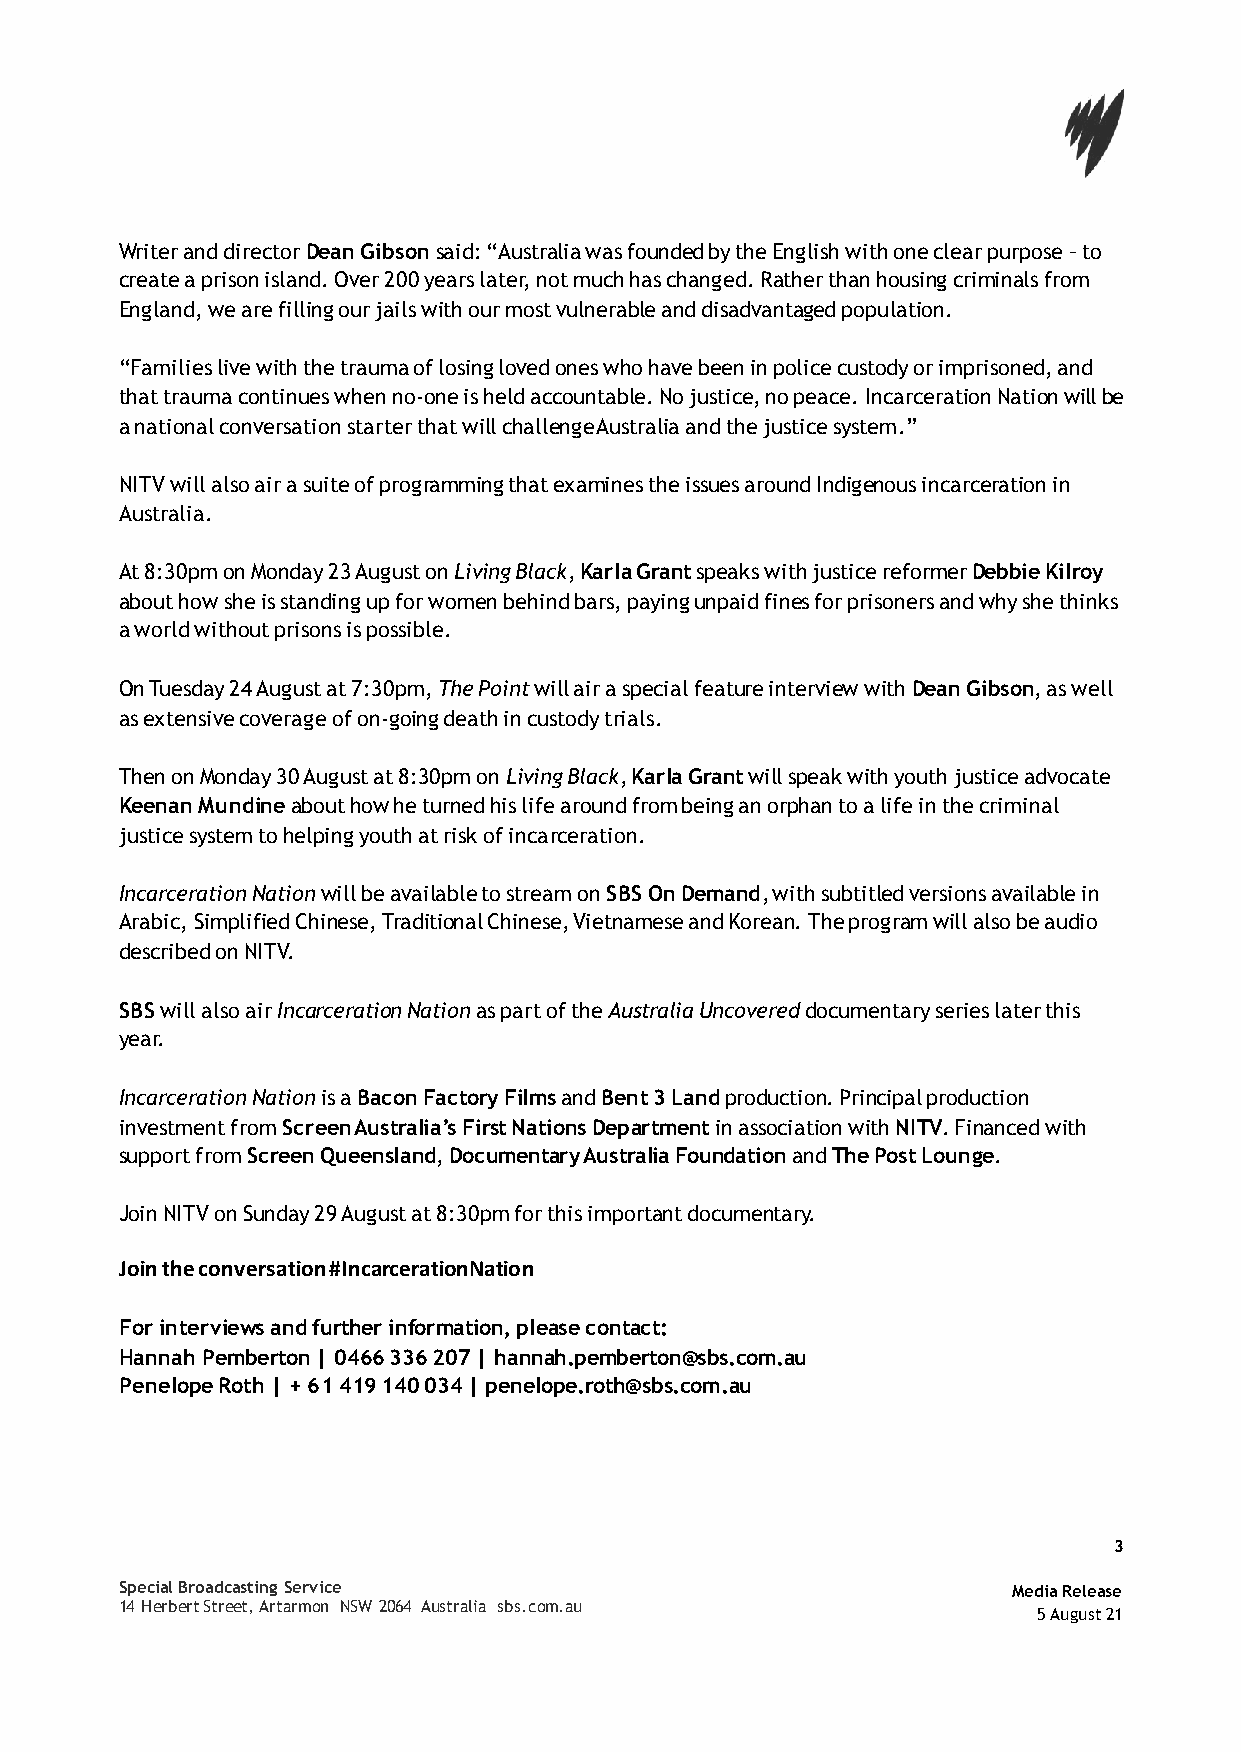
Writer and director Dean Gibson said: “Australia was founded by the English with one clear purpose – to
 create a prison island. Over 200 years later, not much has changed. Rather than housing criminals from
 England, we are filling our jails with our most vulnerable and disadvantaged population.
 “Families live with the trauma of losing loved ones who have been in police custody or imprisoned, and
 that trauma continues when no-one is held accountable. No justice, no peace. Incarceration Nation will be
 a national conversation starter that will challenge Australia and the justice system.”
 NITV will also air a suite of programming that examines the issues around Indigenous incarceration in
 Australia.
 At 8:30pm on Monday 23 August on Living Black, Karla Grant speaks with justice reformer Debbie Kilroy
 about how she is standing up for women behind bars, paying unpaid fines for prisoners and why she thinks
 a world without prisons is possible.
 On Tuesday 24 August at 7:30pm, The Point will air a special feature interview with Dean Gibson, as well
 as extensive coverage of on-going death in custody trials.
 Then on Monday 30 August at 8:30pm on Living Black, Karla Grant will speak with youth justice advocate
 Keenan Mundine about how he turned his life around from being an orphan to a life in the criminal
 justice system to helping youth at risk of incarceration.
 Incarceration Nation will be available to stream on SBS On Demand, with subtitled versions available in
 Arabic, Simplified Chinese, Traditional Chinese, Vietnamese and Korean. The program will also be audio
 described on NITV.
 SBS will also air Incarceration Nation as part of the Australia Uncovered documentary series later this
 year.
 Incarceration Nation is a Bacon Factory Films and Bent 3 Land production. Principal production
 investment from Screen Australia’s First Nations Department in association with NITV. Financed with
 support from Screen Queensland, Documentary Australia Foundation and The Post Lounge.
 Join NITV on Sunday 29 August at 8:30pm for this important documentary.
 Join the conversation #IncarcerationNation
 For interviews and further information, please contact:
 Hannah Pemberton | 0466 336 207 | hannah.pemberton@sbs.com.au
 Penelope Roth | + 61 419 140 034 | penelope.roth@sbs.com.au
 3
 Special Broadcasting Service                               Media Release
 14 Herbert Street, Artarmon NSW 2064 Australia sbs.com.au
 5 August 21